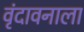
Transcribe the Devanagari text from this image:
वृंदावनाला